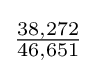
{\tfrac {38,272}{46,651}}